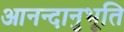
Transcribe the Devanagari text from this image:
आनन्‍दानुभूति